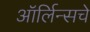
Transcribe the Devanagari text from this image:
ऑर्लिन्सचे